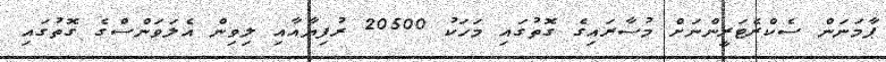
ޕާމަނަން ސެކްރެޓަރީންނަށް މުސާރައިގެ ގޮތުގައި މަހަކު 20500 ރުފިޔާއާއި ލިވިން އެލަވަންސްގެ ގޮތުގައި